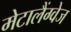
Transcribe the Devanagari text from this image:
मेटालैंग्वेज